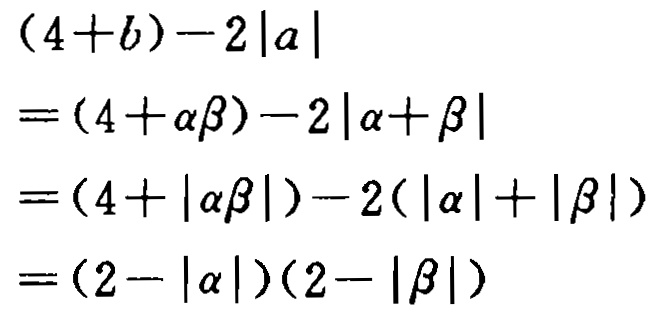
\[
\begin{align*}
&(4 + b)-2|a|\\
=&(4+\alpha\beta)-2|\alpha+\beta|\\
=&(4 + |\alpha\beta|)-2(|\alpha|+|\beta|)\\
=&(2 - |\alpha|)(2 - |\beta|)
\end{align*}
\]